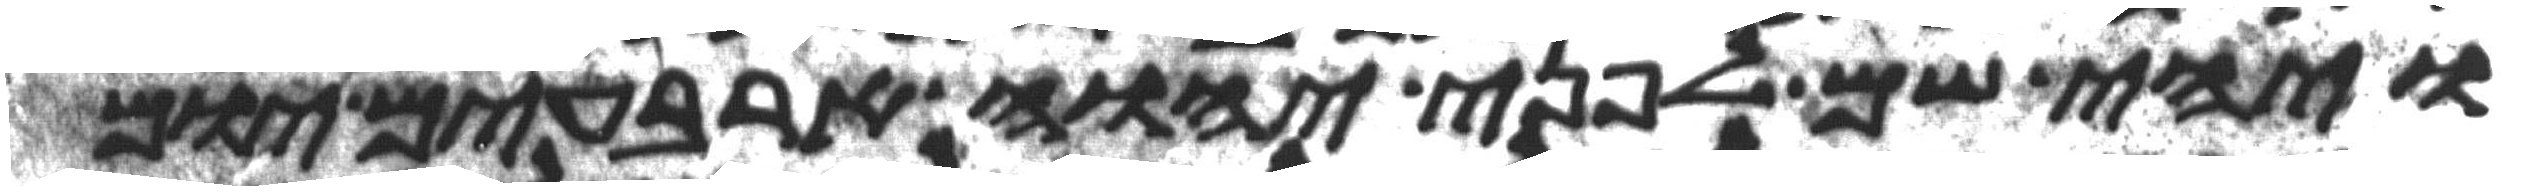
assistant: ויהי שם לפני יהוה ארבעים יום